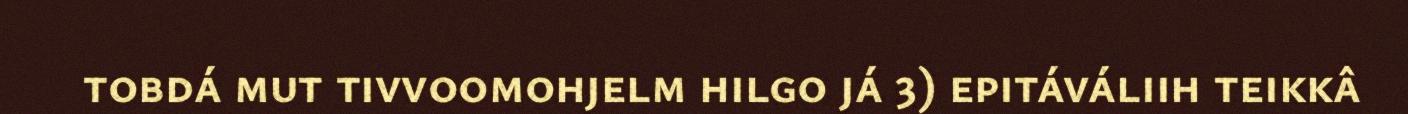
tobdá mut tivvoomohjelm hilgo já 3) epitáváliih teikkâ